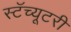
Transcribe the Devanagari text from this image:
स्टॅच्यूटरी